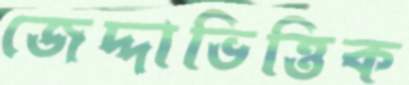
জেদ্দাভিত্তিক